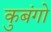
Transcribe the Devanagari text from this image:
कुबंगो